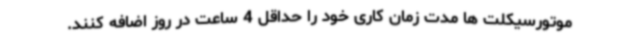
موتورسیکلت ها مدت زمان کاری خود را حداقل 4 ساعت در روز اضافه کنند.